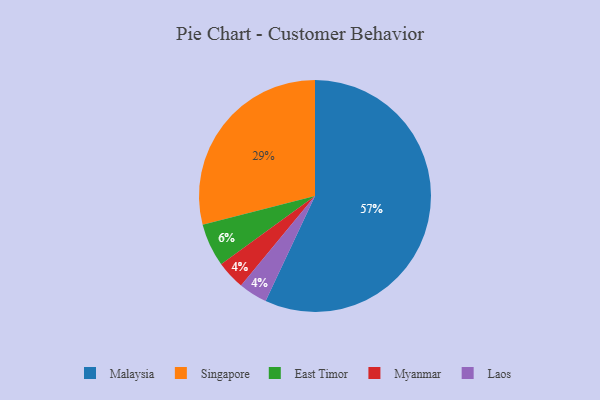
{"axis": {"x": "Category", "y": "Percentage"}, "legend": ["East Timor", "Laos", "Malaysia", "Myanmar", "Singapore"], "data": [{"x": "Singapore", "y": 29, "type": "Singapore"}, {"x": "Myanmar", "y": 4, "type": "Myanmar"}, {"x": "East Timor", "y": 6, "type": "East Timor"}, {"x": "Laos", "y": 4, "type": "Laos"}, {"x": "Malaysia", "y": 57, "type": "Malaysia"}]}